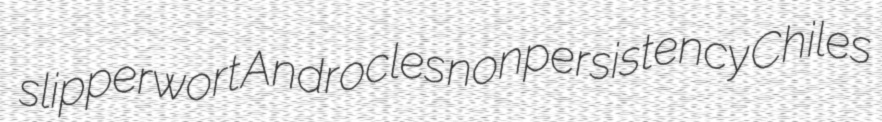
slipperwort Androcles nonpersistency Chiles